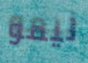
نيمو